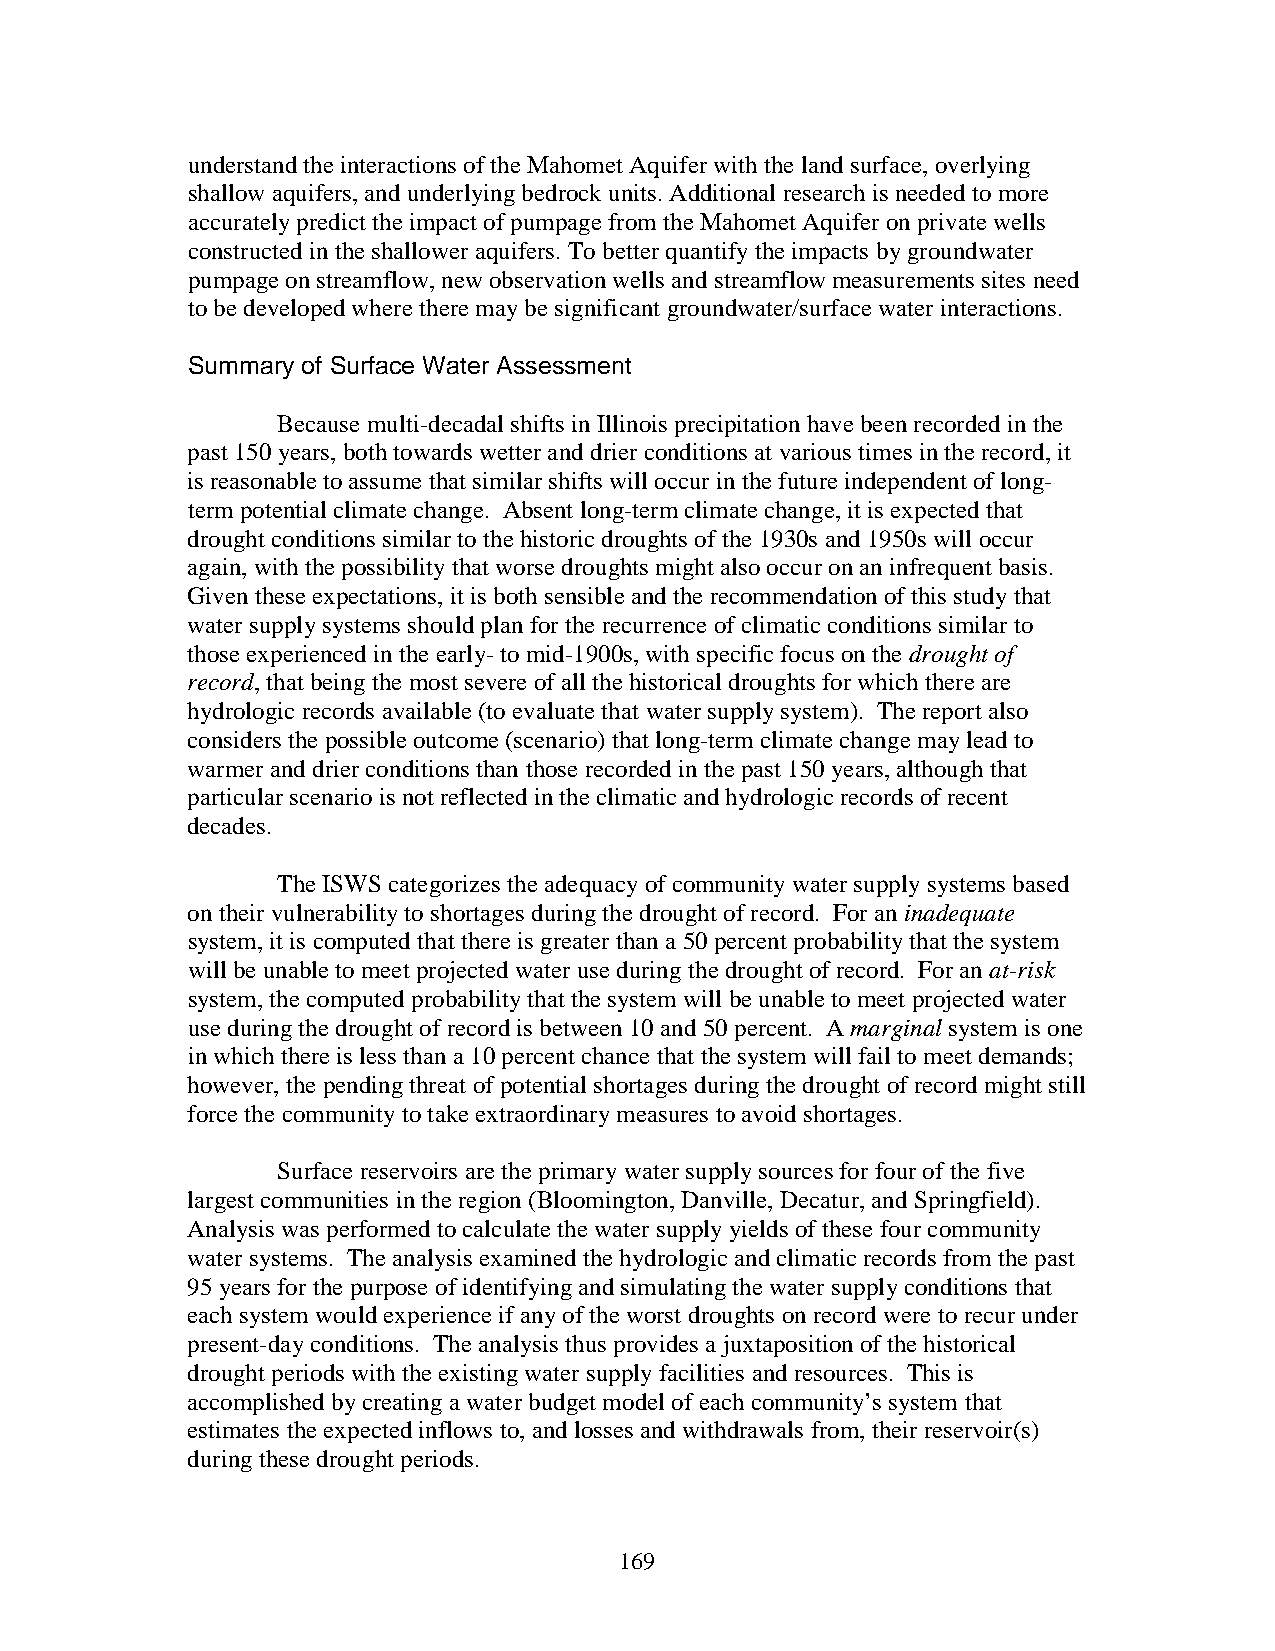
understand the interactions of the Mahomet Aquifer with the land surface, overlying
 shallow aquifers, and underlying bedrock units. Additional research is needed to more
 accurately predict the impact of pumpage from the Mahomet Aquifer on private wells
 constructed in the shallower aquifers. To better quantify the impacts by groundwater
 pumpage on streamflow, new observation wells and streamflow measurements sites need
 to be developed where there may be significant groundwater/surface water interactions.
 Summary of Surface Water Assessment
 Because multi-decadal shifts in Illinois precipitation have been recorded in the
 past 150 years, both towards wetter and drier conditions at various times in the record, it
 is reasonable to assume that similar shifts will occur in the future independent of long-
 term potential climate change. Absent long-term climate change, it is expected that
 drought conditions similar to the historic droughts of the 1930s and 1950s will occur
 again, with the possibility that worse droughts might also occur on an infrequent basis.
 Given these expectations, it is both sensible and the recommendation of this study that
 water supply systems should plan for the recurrence of climatic conditions similar to
 those experienced in the early- to mid-1900s, with specific focus on the drought of
 record, that being the most severe of all the historical droughts for which there are
 hydrologic records available (to evaluate that water supply system). The report also
 considers the possible outcome (scenario) that long-term climate change may lead to
 warmer and drier conditions than those recorded in the past 150 years, although that
 particular scenario is not reflected in the climatic and hydrologic records of recent
 decades.
 The ISWS categorizes the adequacy of community water supply systems based
 on their vulnerability to shortages during the drought of record. For an inadequate
 system, it is computed that there is greater than a 50 percent probability that the system
 will be unable to meet projected water use during the drought of record. For an at-risk
 system, the computed probability that the system will be unable to meet projected water
 use during the drought of record is between 10 and 50 percent. A marginal system is one
 in which there is less than a 10 percent chance that the system will fail to meet demands;
 however, the pending threat of potential shortages during the drought of record might still
 force the community to take extraordinary measures to avoid shortages.
 Surface reservoirs are the primary water supply sources for four of the five
 largest communities in the region (Bloomington, Danville, Decatur, and Springfield).
 Analysis was performed to calculate the water supply yields of these four community
 water systems. The analysis examined the hydrologic and climatic records from the past
 95 years for the purpose of identifying and simulating the water supply conditions that
 each system would experience if any of the worst droughts on record were to recur under
 present-day conditions. The analysis thus provides a juxtaposition of the historical
 drought periods with the existing water supply facilities and resources. This is
 accomplished by creating a water budget model of each community’s system that
 estimates the expected inflows to, and losses and withdrawals from, their reservoir(s)
 during these drought periods.
 169